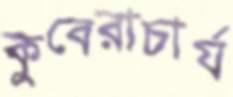
কুবেরাচার্য